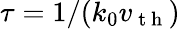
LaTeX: \tau=1/(k_{0}v_{\mathrm{~t~h~}})